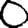
Digit: 0